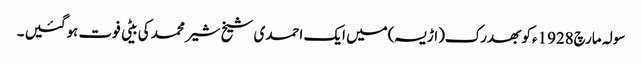
سولہ مارچ1928ءکو بھدرک(اڑیسہ)میں ایک احمدی شیخ شیر محمد کی بیٹی فوت ہوگئیں ۔